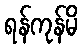
ရန်ကုန်မိ